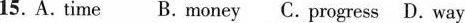
15. A. time B. money C.progress D. way